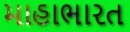
માહાભારત